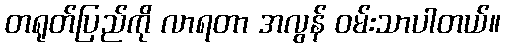
တရုတ်ပြည်ကို လာရတာ အလွန် ဝမ်းသာပါတယ်။